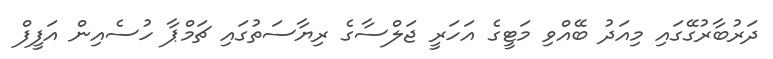
ދަރުބާރުގޭގައި މިއަދު ބޭއްވި މަޓީގެ އަހަރީ ޖަލްސާގެ ރިޔާސަތުގައި ޗަމްޕާ ހުސެއިން އަފީފް